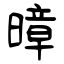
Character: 暲